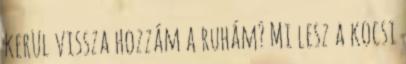
kerül vissza hozzám a ruhám? Mi lesz a kocsi